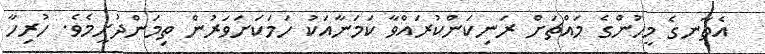
އެތާނގެ މީހުންގެ މައްޗަށް ރަނިކަންކުރައްވާ ކަމަނާއަކު ހަމަކަށަވަރުން ތިމަންދުށީމެވެ. ހުރިހާ